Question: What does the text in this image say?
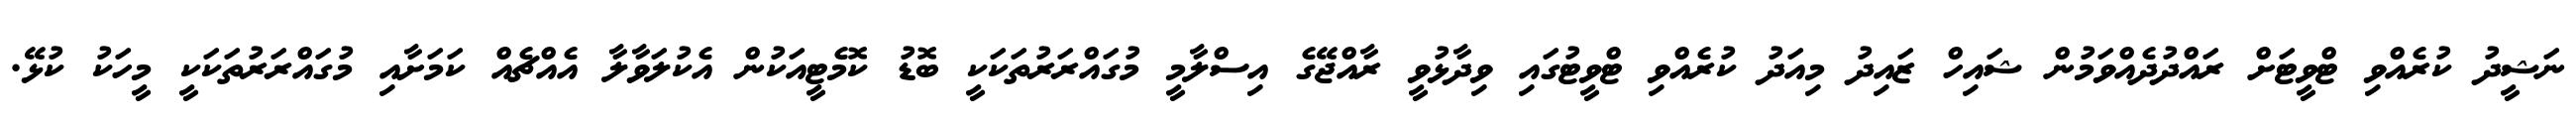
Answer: ނަޝީދު ކުރެއްވި ޓްވީޓަށް ރައްދުދެއްވަމުން ޝައިހް ޒައިދު މިއަދު ކުރެއްވި ޓްވީޓުގައި ވިދާޅުވީ ރާއްޖޭގެ އިސްލާމީ މުގައްރަރުތަކަކީ ބޮޑު ކޮމެޓީއަކުން އެކުލަވާލާ އެއްޗެއް ކަމަށާއި މުގައްރަރުތަކަކީ މީހަކު ކުޅޭ.